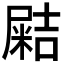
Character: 𡳛